Leaving Certificate Examination (including Day School Certificate (Higher) General paper), 1931
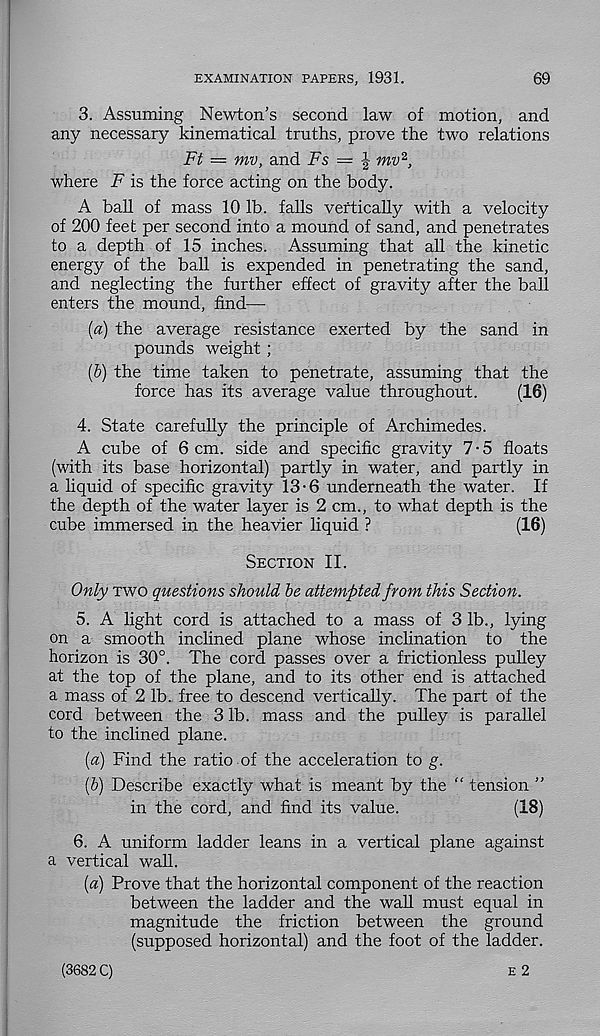
EXAMINATION PAPERS, 1931.
69
3. Assuming Newton’s second law of motion, and
any necessary kinematical truths, prove the two relations
Ft = mv, and Fs = ^ mv 2 ,
where F is the force acting on the body.
A ball of mass 10 lb. falls vertically with a velocity
of 200 feet per second into a mound of sand, and penetrates
to a depth of 15 inches. Assuming that all the kinetic
energy of the ball is expended in penetrating the sand,
and neglecting the further effect of gravity after the ball
enters the mound, find—
(a) the average resistance exerted by the sand in
pounds weight ;
(b) the time taken to penetrate, assuming that the
force has its average value throughout.
(16)
4. State carefully the principle of Archimedes.
A cube of 6 cm. side and specific gravity 7-5 floats
(with its base horizontal) partly in water, and partly in
a liquid of specific gravity 13-6 underneath the water. If
the depth of the water layer is 2 cm., to what depth is the
cube immersed in the heavier liquid ?
(16)
Section II.
Only two questions should be attempted from this Section.
5. A light cord is attached to a mass of 3 lb., lying
on a smooth inclined plane whose inclination to the
horizon is 30°. The cord passes over a frictionless pulley
at the top of the plane, and to its other end is attached
a mass of 2 lb. free to descend vertically. The part of the
cord between the 3 lb. mass and the pulley is parallel
to the inclined plane.
[a) Find the ratio of the acceleration to g.
(b) Describe exactly what is meant by the “ tension ”
in the cord, and find its value.
(18)
6. A uniform ladder leans in a vertical plane against
a vertical wall.
(a) Prove that the horizontal component of the reaction
between the ladder and the wall must equal in
magnitude the friction between the ground
(supposed horizontal) and the foot of the ladder.
E 2
(3682 C)